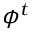
\phi ^ { t }